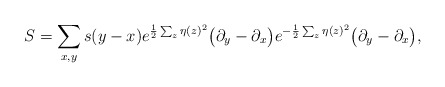
\begin{align*}S = \sum_{x,y } s(y-x) e^{\frac{1}{2} \sum_z \eta(z)^2} \big(\partial_y -\partial_x\big) e^{-\frac{1}{2} \sum_z \eta(z)^2} \big(\partial_y-\partial_x\big),\end{align*}